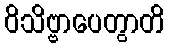
ဝိသိဗ္ဗာပေတွာတိ